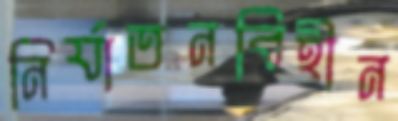
নির্যাতনবিহীন